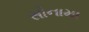
સોનામા